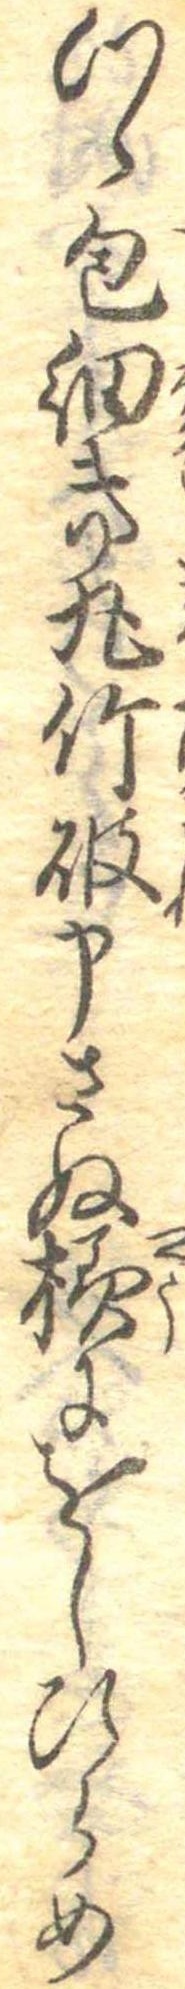
つゝ包細き丸竹破申さぬ様にをしひらめ